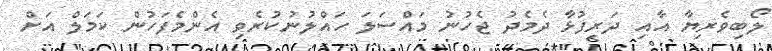
ލޯބިވެރިޔާ އާއި ދަރިފުޅާ ދެމެދު ޖެހުނު މައްސަލަ ހައްލުނުކުރެވި އެންމެފަހުން ކަމަލް އަށް